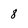
Character: 8